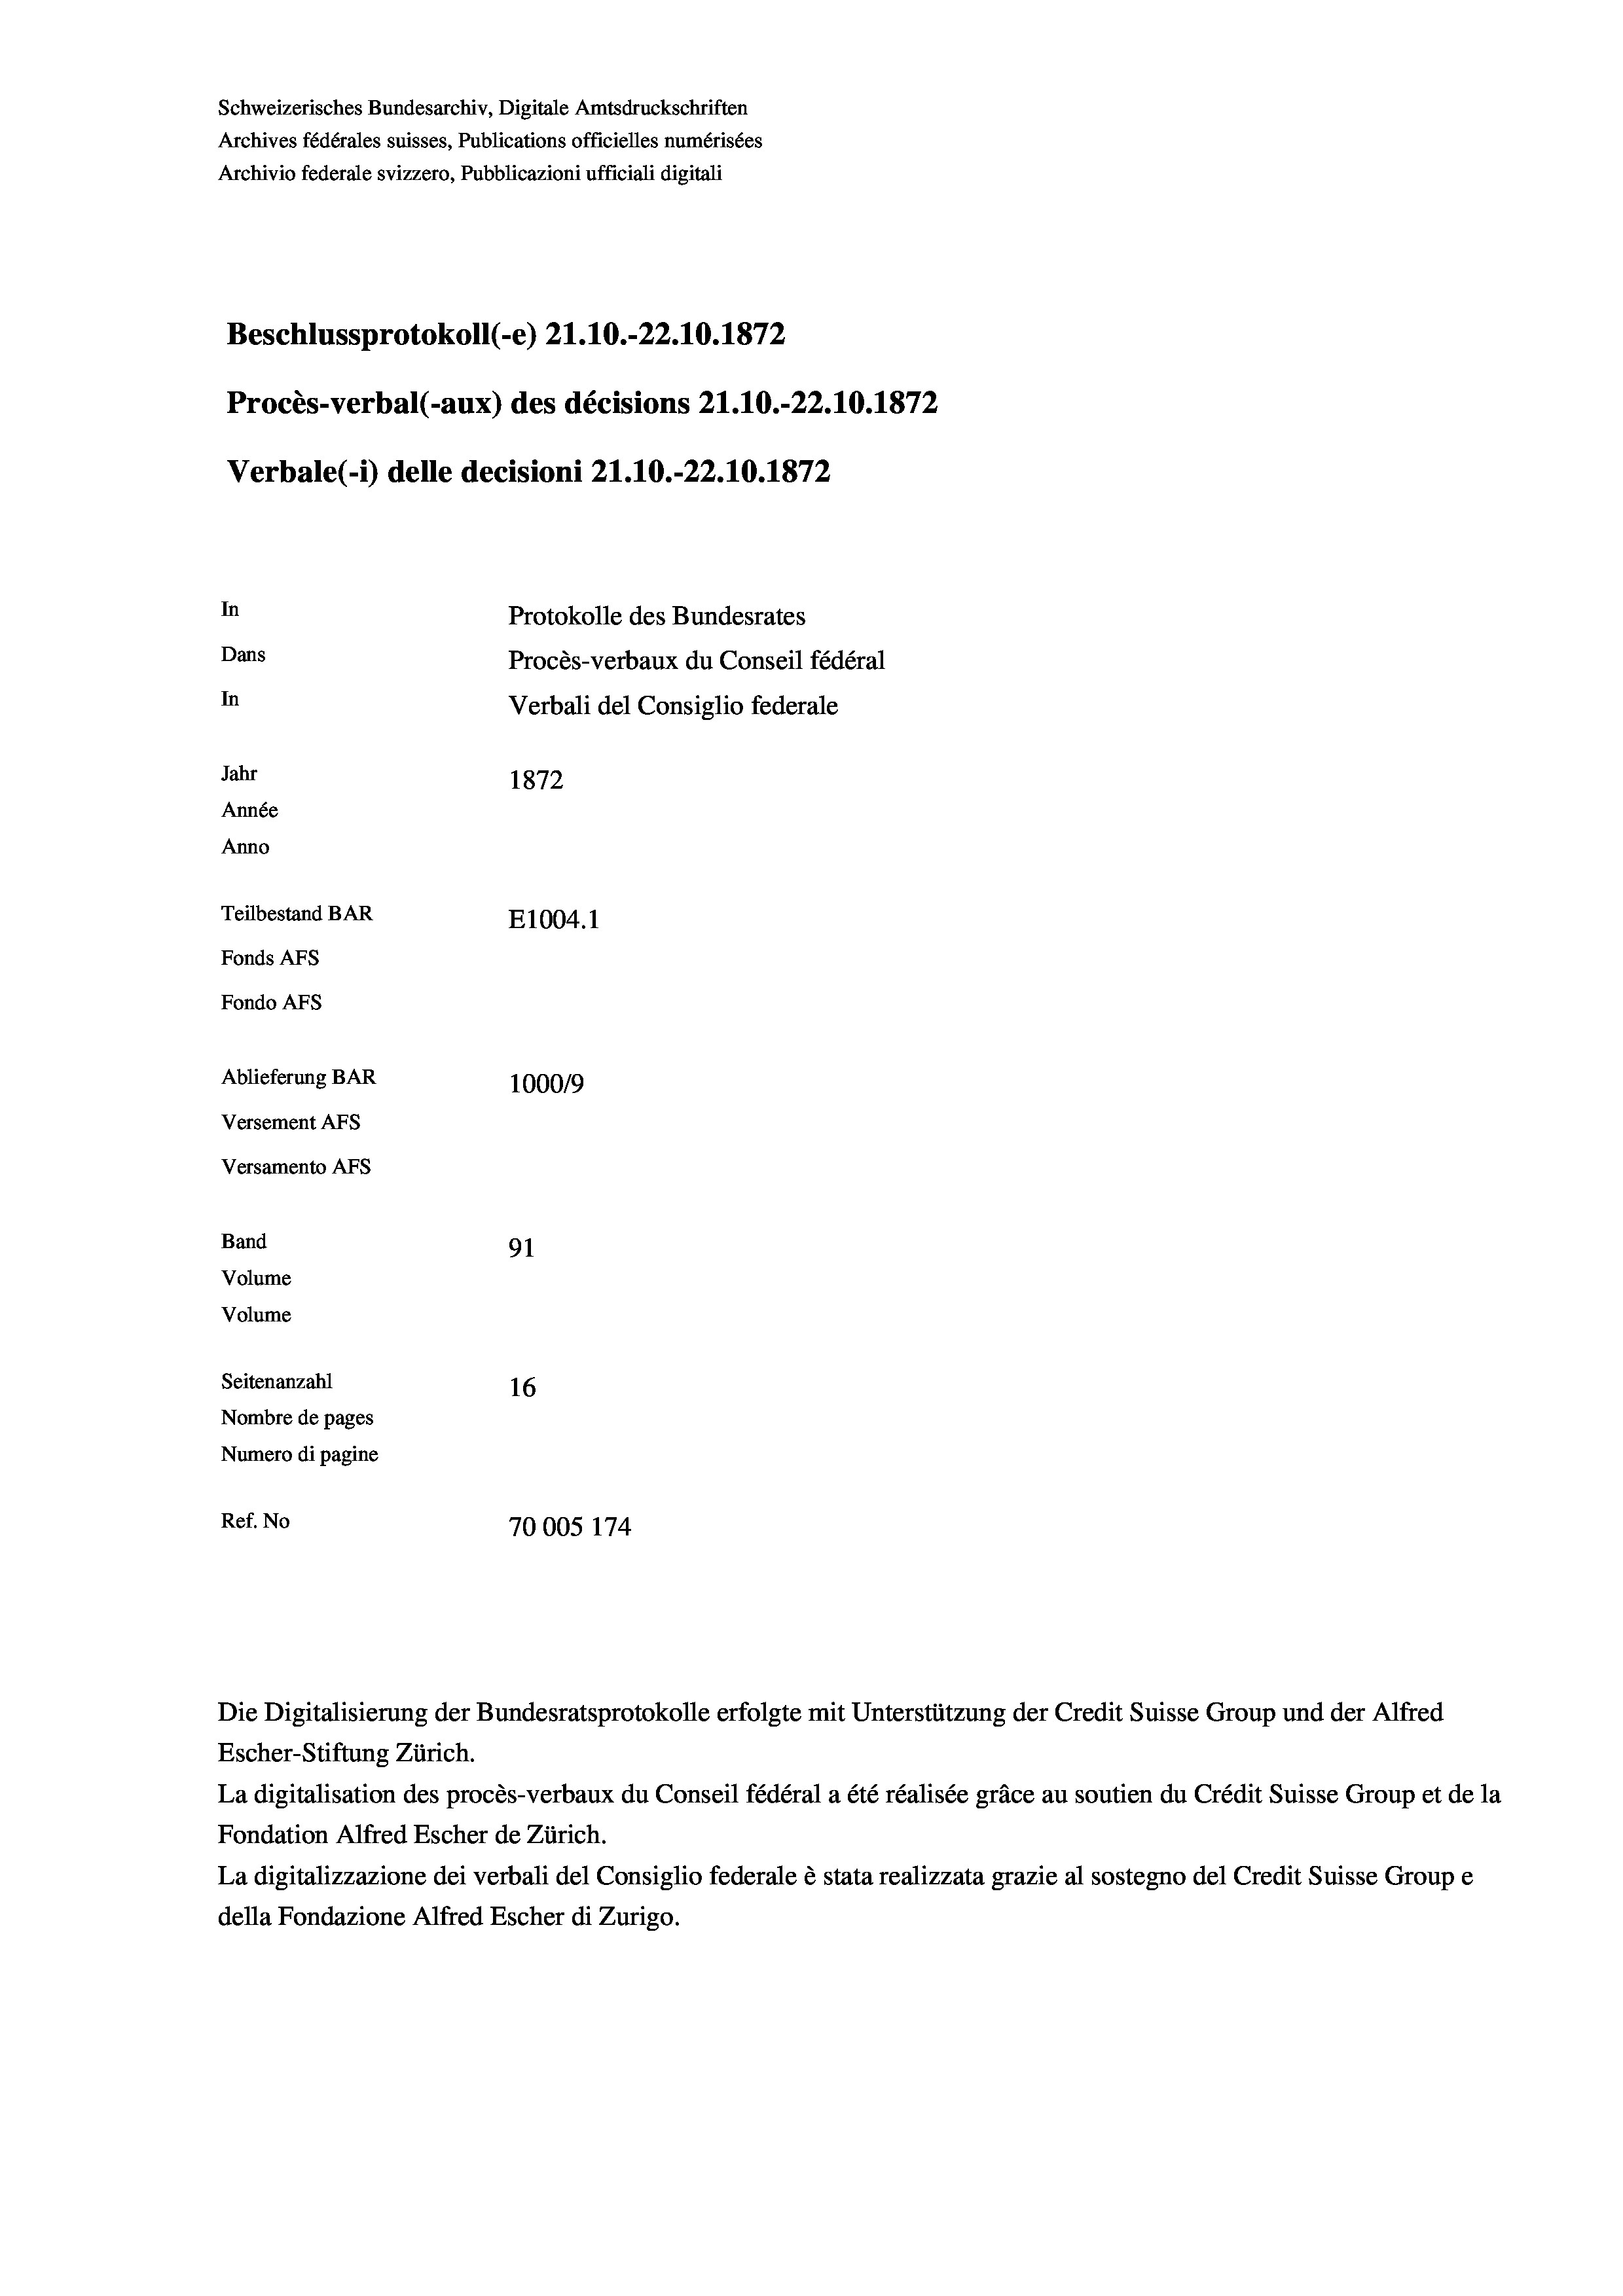
Schweizerisches Bundesarchiv, Digitale Amtsdruckschriften
Archives fédérales suisses, Publications officielles numérisées
Archivio federale svizzero, Pubblicazioni ufficiali digitali
Beschlussprotokoll (-e) 21.10.-22.10.1872
Procès-verbal (-aux) des décisions 21.10.-22.10.1872
Verbale(-*) delle decisioni 21.10.-22.10.1872
In
Protokolle des Bundesrates
Dans
Procès-verbaux du Conseil fédéral
In
Verbali del Consiglio federale
Jahr
1872
Année
Anno
Teilbestand BAR
E1004. 1
Fonds AFs
Fondo AFs
Ablieferung BAR
100019
Versement AFs
Versamento Afs
Band
91
Volume
Volume
Seitenanzahl
16
Nombre de pages
Numero di pagine
Ref. No
70005 174

Escher-Stiftung Zürich.
La digitalisation des procès-verbaux du Conseil fédéral a été réalisée gräce au soutien du Crédit Suisse Group et de la
Fondation Alfred Escher de Zürich.
La digitalizzazione dei verbali del Consiglio federale è stata realizzata grazie al sostegno del Credit Suisse Groupe
della Fondazione Alfred Escher di Zurigo.

Die Digitalisierung der Bundesratsprotokolle erfolgte mit Unterstützung der Credit Suisse Group und der Alfred